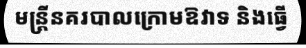
មន្ត្រីនគរបាលក្រោមឱវាទ និងធ្វើ